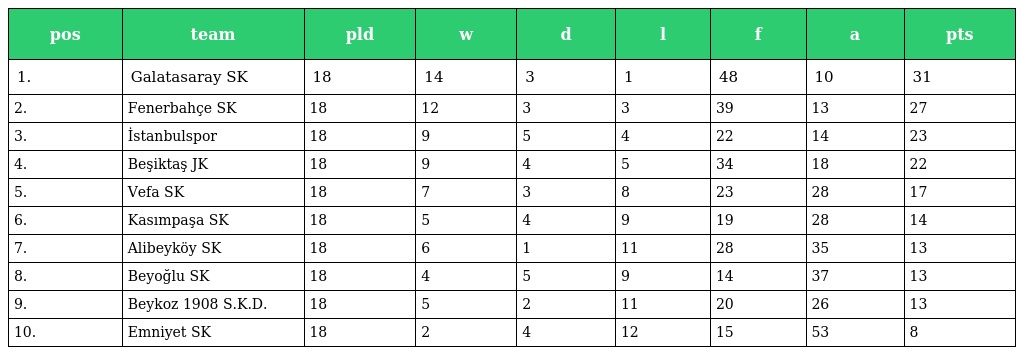
| pos | team | pld | w | d | l | f | a | pts |
 | --- | --- | --- | --- | --- | --- | --- | --- | --- |
 | 1. | Galatasaray SK | 18 | 14 | 3 | 1 | 48 | 10 | 31 |
 | 2. | Fenerbahçe SK | 18 | 12 | 3 | 3 | 39 | 13 | 27 |
 | 3. | İstanbulspor | 18 | 9 | 5 | 4 | 22 | 14 | 23 |
 | 4. | Beşiktaş JK | 18 | 9 | 4 | 5 | 34 | 18 | 22 |
 | 5. | Vefa SK | 18 | 7 | 3 | 8 | 23 | 28 | 17 |
 | 6. | Kasımpaşa SK | 18 | 5 | 4 | 9 | 19 | 28 | 14 |
 | 7. | Alibeyköy SK | 18 | 6 | 1 | 11 | 28 | 35 | 13 |
 | 8. | Beyoğlu SK | 18 | 4 | 5 | 9 | 14 | 37 | 13 |
 | 9. | Beykoz 1908 S.K.D. | 18 | 5 | 2 | 11 | 20 | 26 | 13 |
 | 10. | Emniyet SK | 18 | 2 | 4 | 12 | 15 | 53 | 8 |